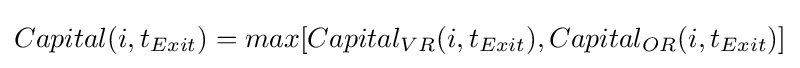
Capital(i,t_{Exit})=max[Capital_{VR}(i,t_{Exit}),Capital_{OR}(i,t_{Exit})]